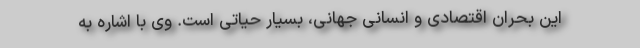
این بحران اقتصادی و انسانی جهانی، بسیار حیاتی است. وی با اشاره به